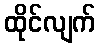
ထိုင်လျက်